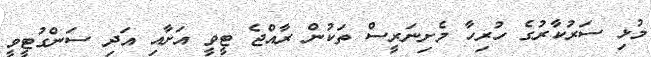
މުޅި ސަރުކާރުގެ ހުރިހާ މެށިނަރީސް ތަކުން ރާއްޖެ ޓީވީ އަށާއި އަދި ސަންގުޓީވީ